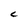
Character: C